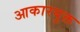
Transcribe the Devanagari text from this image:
आकारयुक्त